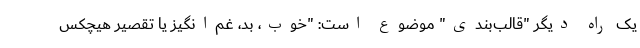
یک راه‌ دیگر "قالب‌بندی" موضوع است: "خوب، بد، غم‌انگیز یا تقصیر هیچکس